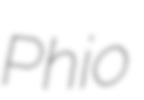
Phio